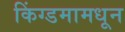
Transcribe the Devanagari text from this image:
किंग्डमामधून